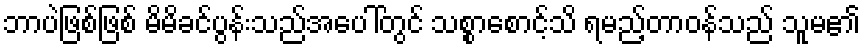
ဘာပဲဖြစ်ဖြစ် မိမိခင်ပွန်းသည်အပေါ်တွင် သစ္စာစောင့်သိ ရမည့်တာဝန်သည် သူမ၏